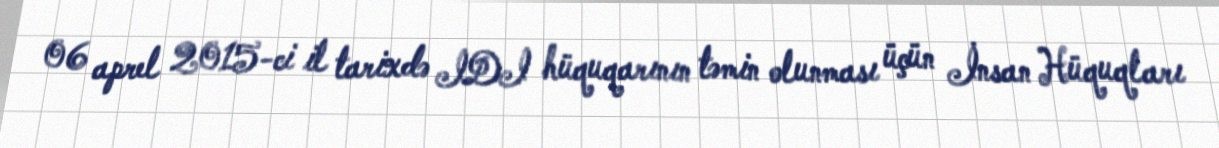
06 aprel 2015-ci il tarixdə IDI hüquqarının təmin olunması üçün İnsan Hüquqları